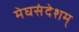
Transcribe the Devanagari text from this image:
मेघसंदेशम्